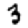
Digit: 3